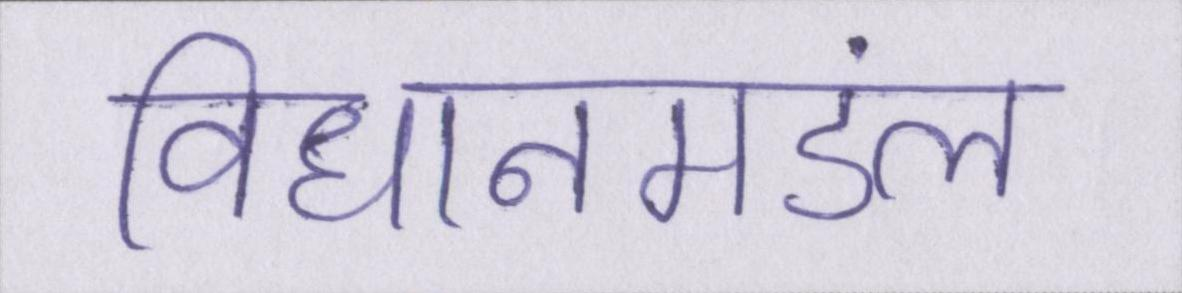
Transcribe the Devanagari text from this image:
विधानमंडल